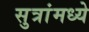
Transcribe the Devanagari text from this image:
सुत्रांमध्ये